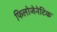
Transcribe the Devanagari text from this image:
फिलोजेनेटिक